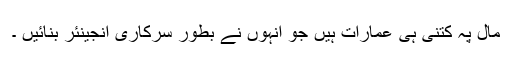
مال پہ کتنی ہی عمارات ہیں جو اُنہوں نے بطور سرکاری انجینئر بنائیں ۔